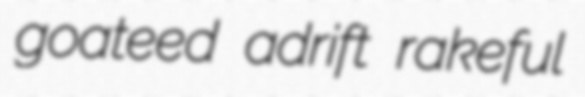
goateed adrift rakeful